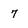
Character: 7